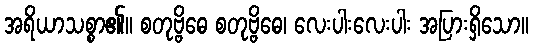
အရိယာသစ္စာ၏။ စတုဗ္ဗိဓေ စတုဗ္ဗိဓေ၊ လေးပါးလေးပါး အပြားရှိသော။